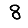
Digit: 8